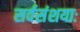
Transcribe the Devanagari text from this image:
सर्वसंशयाः